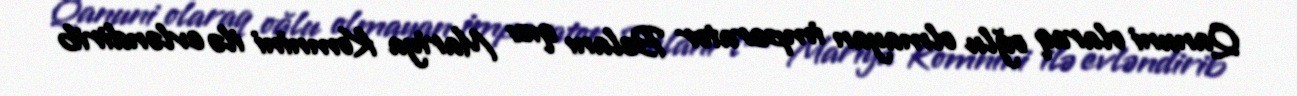
Qanuni olaraq oğlu olmayan imperator Belanı qızı Mariya Komnini ilə evləndirib